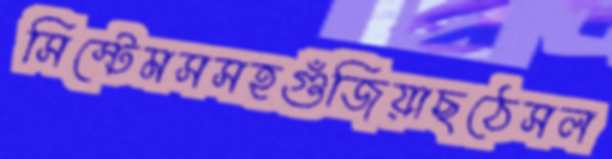
সিস্টেমসসহগুঁজিয়াছঠেসল